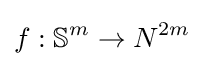
f:\mathbb {S} ^{m}\to N^{2m}